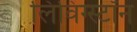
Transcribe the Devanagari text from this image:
लिविंग्स्टॉन